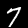
Digit: 7